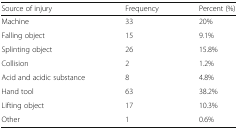
<table><thead><tr><td><b>Source of injury</b></td><td><b>Frequency</b></td><td><b>Percent (%)</b></td></tr></thead><tbody><tr><td>Machine</td><td>33</td><td>20%</td></tr><tr><td>Falling object</td><td>15</td><td>9.1%</td></tr><tr><td>Splinting object</td><td>26</td><td>15.8%</td></tr><tr><td>Collision</td><td>2</td><td>1.2%</td></tr><tr><td>Acid and acidic substance</td><td>8</td><td>4.8%</td></tr><tr><td>Hand tool</td><td>63</td><td>38.2%</td></tr><tr><td>Lifting object</td><td>17</td><td>10.3%</td></tr><tr><td>Other</td><td>1</td><td>0.6%</td></tr></tbody></table>